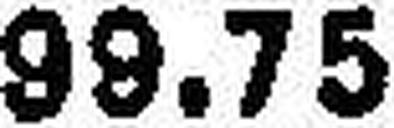
99.75